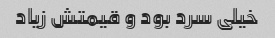
خیلی سرد بود و قیمتش زیاد